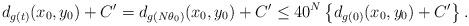
LaTeX: \begin{align*} d_{g(t)}(x_0, y_0)+C'=d_{g(N\theta_0)}(x_0, y_0)+C' \leq 40^{N} \left\{ d_{g(0)}(x_0, y_0) +C' \right\}. \end{align*}